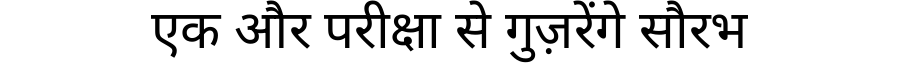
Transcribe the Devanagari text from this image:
एक और परीक्षा से गुज़रेंगे सौरभ